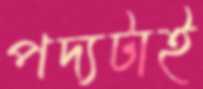
পদ্যটাই